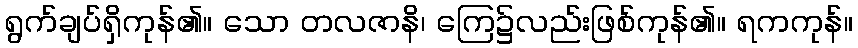
ရွက်ချပ်ရှိကုန်၏။ သော တလဇာနိ၊ ကြေ၌လည်းဖြစ်ကုန်၏။ ရကကုန်။